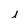
Character: j